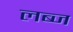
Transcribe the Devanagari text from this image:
लब्ज